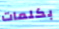
بكلمات